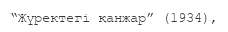
“Жүректегі қанжар” (1934),